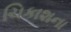
ચિકાશના